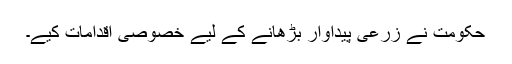
حکومت نے زرعی پیداوار بڑھانے کے لیے خصوصی اقدامات کیے۔